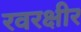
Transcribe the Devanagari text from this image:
रवरक्षीर